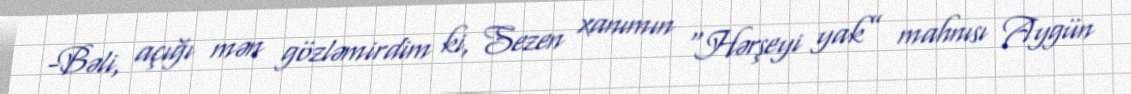
-Bəli, açığı mən gözləmirdim ki, Sezen xanımın “Hərşeyi yak” mahnısı Aygün